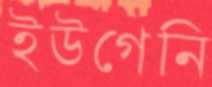
ইউগেনি